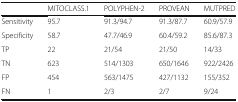
|  | MITOCLASS.1 | POLYPHEN-2 | PROVEAN | MUTPRED |
 | --- | --- | --- | --- | --- |
 | Sensitivity | 95.7 | 91.3/94.7 | 91.3/87.7 | 60.9/57.9 |
 | Specificity | 58.7 | 47.7/46.9 | 60.4/59.2 | 85.6/87.3 |
 | TP | 22 | 21/54 | 21/50 | 14/33 |
 | TN | 623 | 514/1303 | 650/1646 | 922/2426 |
 | FP | 454 | 563/1475 | 427/1132 | 155/352 |
 | FN | 1 | 2/3 | 2/7 | 9/24 |